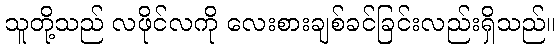
သူတို့သည် လဖိုင်လကို လေးစားချစ်ခင်ခြင်းလည်းရှိသည်။